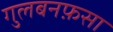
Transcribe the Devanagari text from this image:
गुलबनफ़सा